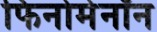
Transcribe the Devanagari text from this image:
फिनोमेनॉन